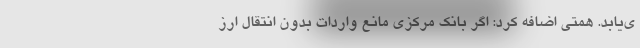
ی‌یابد. همتی اضافه کرد: اگر بانک مرکزی مانع واردات بدون انتقال ارز